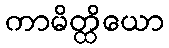
ကာမိတ္ထိယော